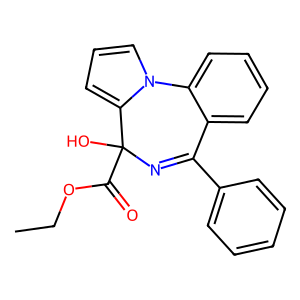
SMILES: CCOC(=O)C1(O)N=C(c2ccccc2)c2ccccc2-n2cccc21
Inhibits HIV replication: No